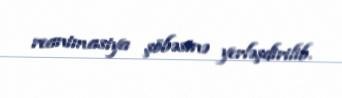
reanimasiya şöbəsinə yerləşdirilib.